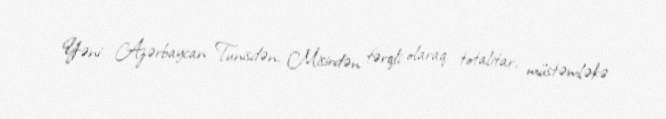
Yəni Azərbaycan Tunisdən, Misirdən fərqli olaraq totalitar, müstəmləkə